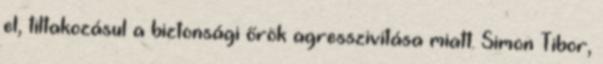
el, tiltakozásul a biztonsági őrök agresszivitása miatt. Simon Tibor,